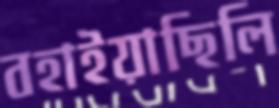
বহাইয়াছিলি